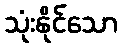
သုံးနိုင်သော